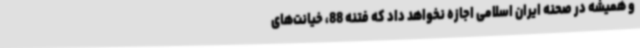
و همیشه در صحنه ایران اسلامی اجازه نخواهد داد که فتنه 88، خیانت‌های